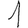
Digit: 1